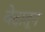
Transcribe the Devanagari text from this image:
वेदातून